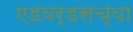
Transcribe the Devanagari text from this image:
एडवर्डसच्या